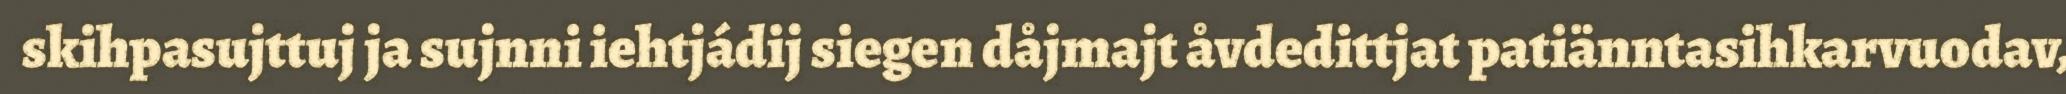
skihpasujttuj ja sujnni iehtjádij siegen dåjmajt åvdedittjat patiänntasihkarvuodav,